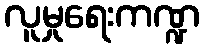
လူမှုရေးကဏ္ဍ